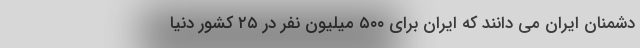
دشمنان ایران می دانند که ایران برای ۵۰۰ میلیون نفر در ۲۵ کشور دنیا